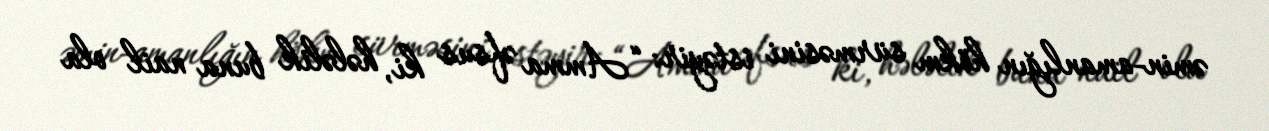
əmin-amanlığın hökm sürməsini istəyir: “Amma əfsus ki, hələlik buna nail ola